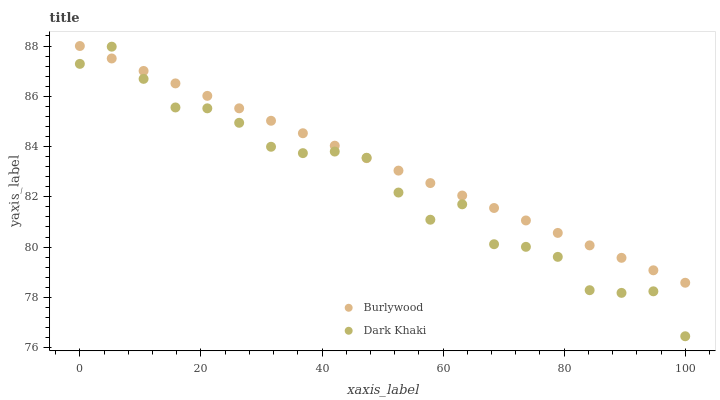
| xaxis_label | Burlywood | Dark Khaki |
 | --- | --- | --- |
 | 0 | 88 | 87.3 |
 | 5.26 | 87.5 | 88 |
 | 10.5 | 87 | 86.7 |
 | 15.8 | 86.5 | 85.6 |
 | 21.1 | 86 | 85.5 |
 | 26.3 | 85.5 | 84.9 |
 | 31.6 | 85 | 84 |
 | 36.8 | 84.5 | 83.7 |
 | 42.1 | 84 | 83.8 |
 | 47.4 | 83.5 | 83.6 |
 | 52.6 | 83 | 82.2 |
 | 57.9 | 82.5 | 81.1 |
 | 63.2 | 82.1 | 81.7 |
 | 68.4 | 81.6 | 80.1 |
 | 73.7 | 81.1 | 80 |
 | 78.9 | 80.6 | 79.6 |
 | 84.2 | 80.1 | 78.3 |
 | 89.5 | 79.6 | 78.2 |
 | 94.7 | 79.1 | 78.2 |
 | 100 | 78.6 | 76.5 |